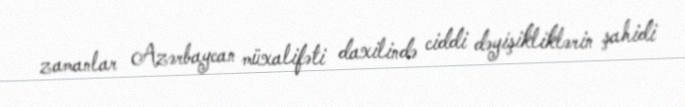
zamanlar Azərbaycan müxalifəti daxilində ciddi dəyişikliklərin şahidi